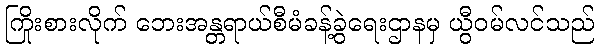
ကြိုးစားလိုက် ဘေးအန္တရာယ်စီမံခန့်ခွဲရေးဌာနမှ ယွီဝမ်လင်သည်